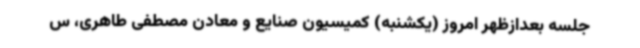
جلسه بعدازظهر امروز (یکشنبه) کمیسیون صنایع و معادن مصطفی طاهری، س